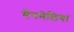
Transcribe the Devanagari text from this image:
मैगनेलिया